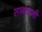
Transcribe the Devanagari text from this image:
सनवानी